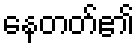
နေတတ်၏